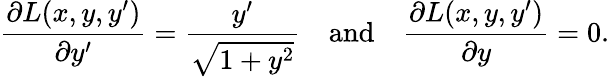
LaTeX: {\frac{\partial L(x,y,y^{\prime})}{\partial y^{\prime}}}={\frac{y^{\prime}}{\sqrt{1+y^{2}}}}\quad{\mathrm{and}}\quad{\frac{\partial L(x,y,y^{\prime})}{\partial y}}=0.